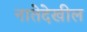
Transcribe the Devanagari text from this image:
नातेदेखील